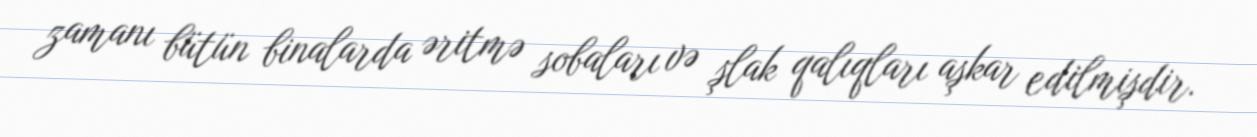
zamanı bütün binalarda əritmə sobaları və şlak qalıqları aşkar edilmişdir.